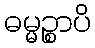
ဓမ္မဉ္စာပိ